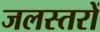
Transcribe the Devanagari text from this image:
जलस्तरों